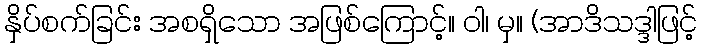
နှိပ်စက်ခြင်း အစရှိသော အဖြစ်ကြောင့်။ ဝါ၊ မှ။ (အာဒိသဒ္ဒါဖြင့်